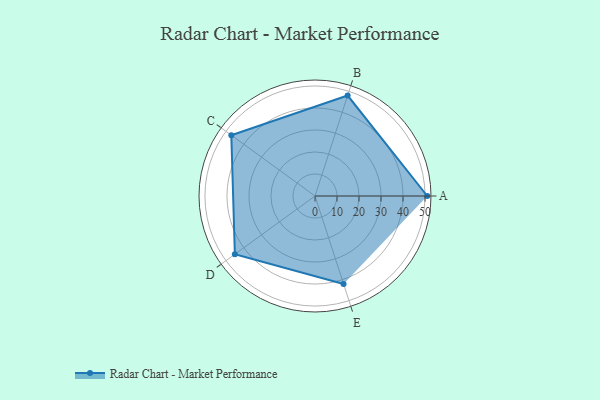
{"axis": {"x": "Skill", "y": "Score"}, "legend": ["Profile"], "data": [{"x": "A", "y": 51.0, "type": "Profile"}, {"x": "B", "y": 48.0, "type": "Profile"}, {"x": "C", "y": 47.0, "type": "Profile"}, {"x": "D", "y": 45.0, "type": "Profile"}, {"x": "E", "y": 42.0, "type": "Profile"}]}